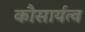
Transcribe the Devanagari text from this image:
कौसार्यत्व